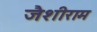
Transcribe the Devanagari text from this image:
जैशीराम